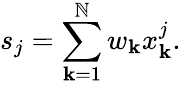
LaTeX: s_{j}=\sum_{\mathbf{k}=1}^{\mathbb{N}}w_{\mathbf{k}}x_{\mathbf{k}}^{j}.